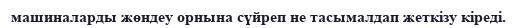
машиналарды жөндеу орнына сүйреп не тасымалдап жеткізу кіреді.